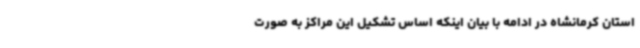
استان کرمانشاه در ادامه با بیان اینکه اساس تشکیل این مراکز به صورت